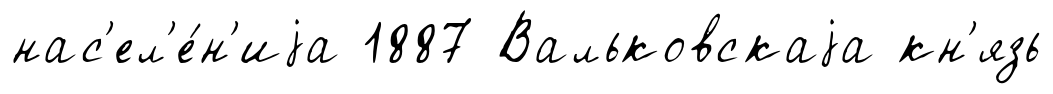
нас'ел'е́н'иjа 1887 Вальковскаjа кн'язь